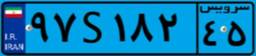
۹۷S۱۸۲۴۵